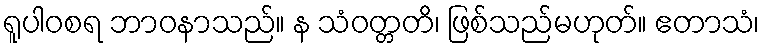
ရူပါဝစရ ဘာဝနာသည်။ န သံဝတ္တတိ၊ ဖြစ်သည်မဟုတ်။ ဧတာသံ၊